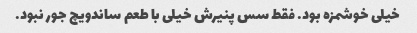
خیلی خوشمزه بود. فقط سس پنیرش خیلی با طعم ساندویچ جور نبود.